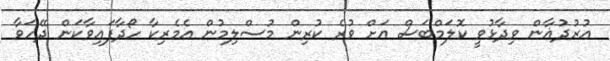
އުރުދުޣާން ވިދާޅުވީ ކޮލަމްބަސް އަށް ވުރެ ކުރިން މުސްލިމުން އެމެރިކާ ހޯދާފައިވާކަން ދޭހަވާ